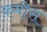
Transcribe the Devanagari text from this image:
क़मीस